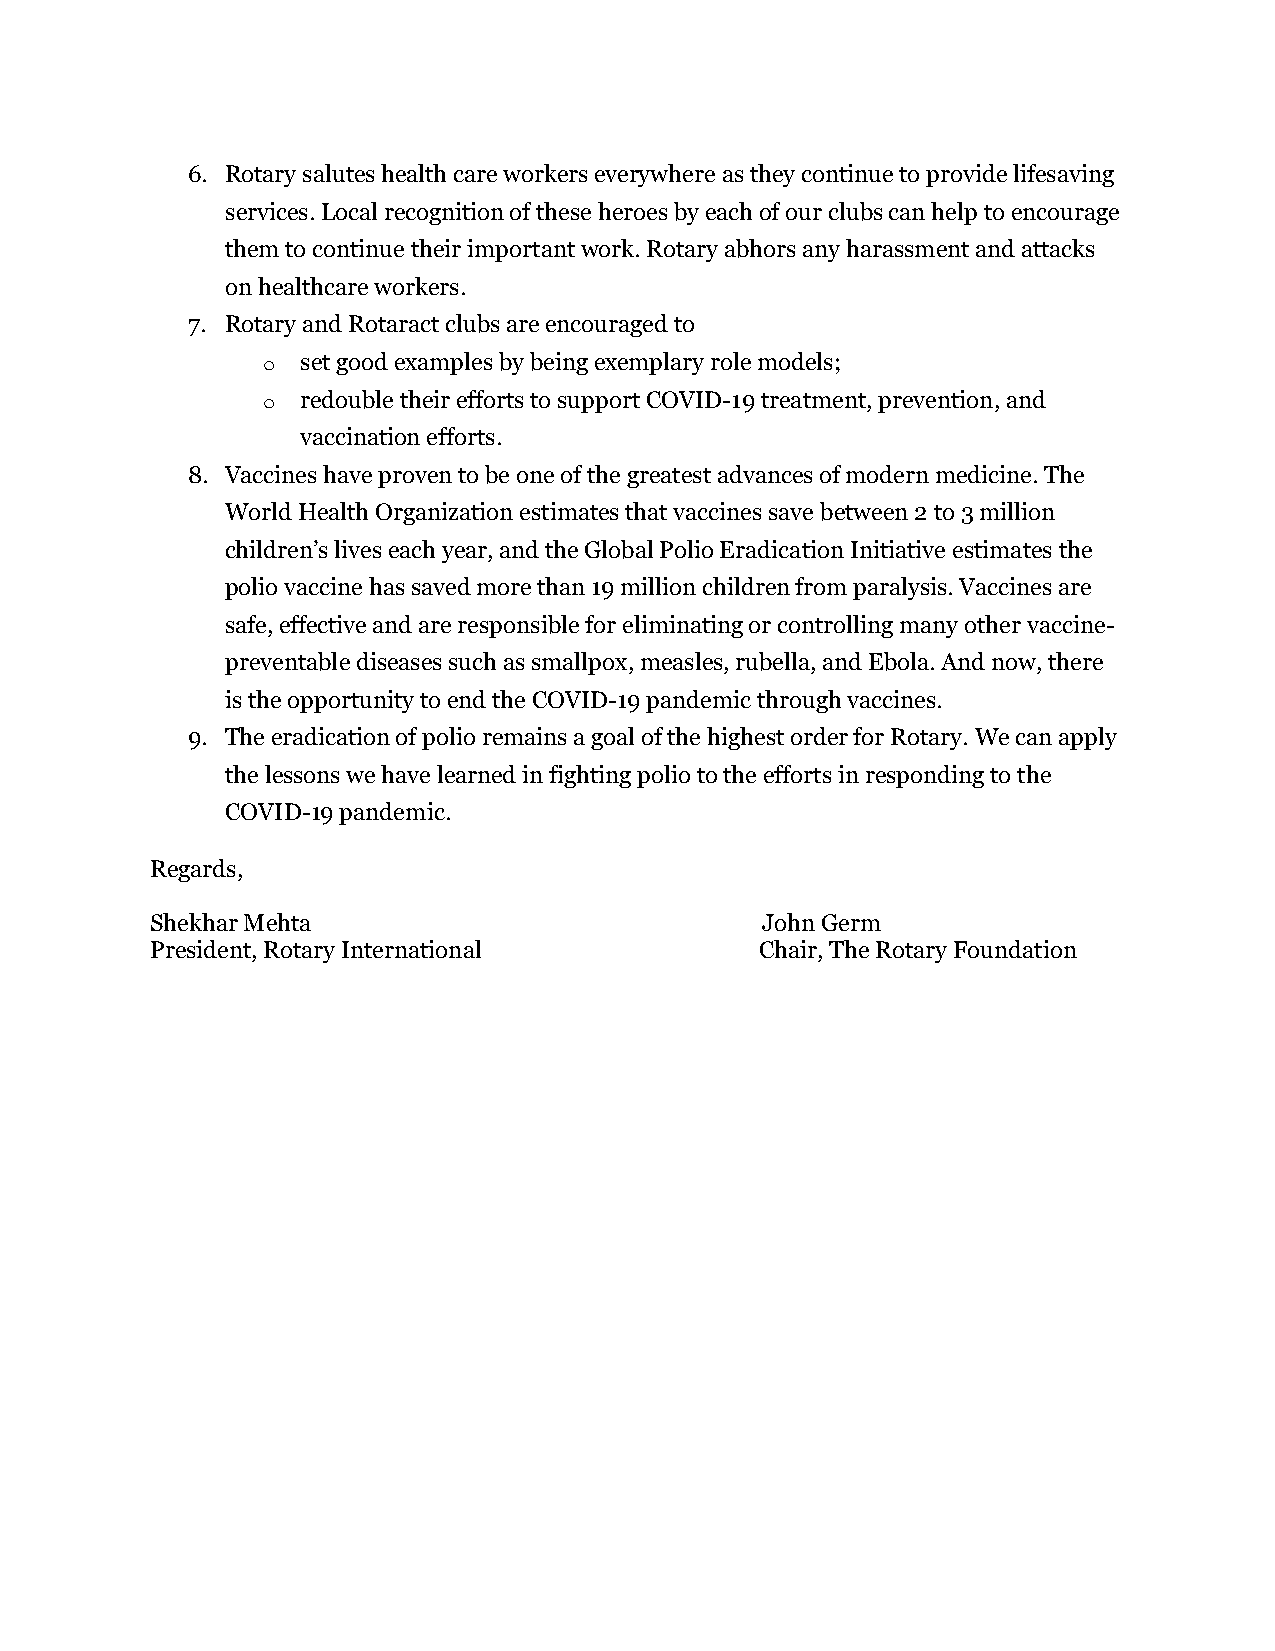
6. Rotary salutes health care workers everywhere as they continue to provide lifesaving
 services. Local recognition of these heroes by each of our clubs can help to encourage
 them to continue their important work. Rotary abhors any harassment and attacks
 on healthcare workers.
 7. Rotary and Rotaract clubs are encouraged to
 o  set good examples by being exemplary role models;
 o  redouble their efforts to support COVID-19 treatment, prevention, and
 vaccination efforts.
 8. Vaccines have proven to be one of the greatest advances of modern medicine. The
 World Health Organization estimates that vaccines save between 2 to 3 million
 children’s lives each year, and the Global Polio Eradication Initiative estimates the
 polio vaccine has saved more than 19 million children from paralysis. Vaccines are
 safe, effective and are responsible for eliminating or controlling many other vaccine-
 preventable diseases such as smallpox, measles, rubella, and Ebola. And now, there
 is the opportunity to end the COVID-19 pandemic through vaccines.
 9. The eradication of polio remains a goal of the highest order for Rotary. We can apply
 the lessons we have learned in fighting polio to the efforts in responding to the
 COVID-19 pandemic.
 Regards,
 Shekhar Mehta                           John Germ
 President, Rotary International         Chair, The Rotary Foundation